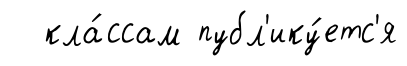
кла́ссам публ'ику́етс'я